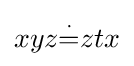
xyz{\overset {\cdot }{=}}ztx